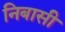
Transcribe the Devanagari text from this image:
निबासी